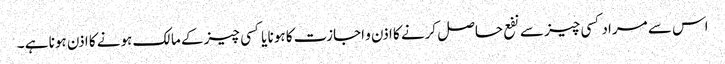
اس سے مراد کسی چیز سے نفع حاصل کرنے کا اذن و اجازت کا ہونا یا کسی چیز کے مالک ہونے کا اذن ہونا ہے ۔